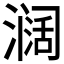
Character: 𱨸